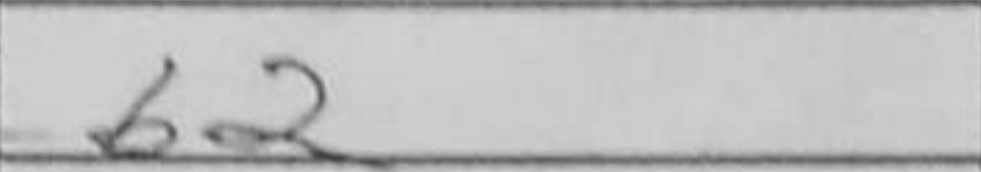
Transcription: b2